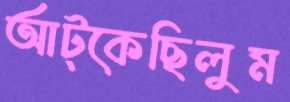
আট্‌কেছিলুম